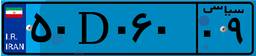
۴۱D۹۱۸۰۴